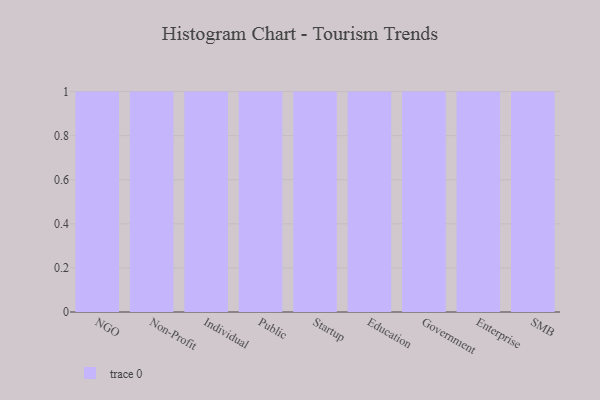
{"axis": {"x": "Segment", "y": "Demand Index"}, "legend": [""], "data": [{"x": "NGO", "y": 54, "type": ""}, {"x": "Non-Profit", "y": 67, "type": ""}, {"x": "Individual", "y": 44, "type": ""}, {"x": "Public", "y": 30, "type": ""}, {"x": "Startup", "y": 79, "type": ""}, {"x": "Education", "y": 73, "type": ""}, {"x": "Government", "y": 11, "type": ""}, {"x": "Enterprise", "y": 28, "type": ""}, {"x": "SMB", "y": 87, "type": ""}]}